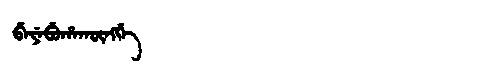
Manchu: ᠪᡝᠶᡝᠪᡠᡥᠠᡴᡡᠩᡤᡝ
Romanization: BEYEBUHAKŪNGGE